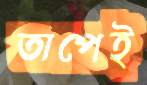
তাপেই